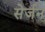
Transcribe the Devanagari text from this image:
सेर्जन